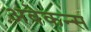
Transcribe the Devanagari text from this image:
अवेकन्स